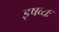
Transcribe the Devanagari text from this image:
इषव्यः